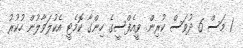
1 މަސް 6 ދުވަސް ކުރިން. ވީއެފްސީގެ ހިންގާ ކޮމެޓީ އެކުލަވާލުން ހުކުރު